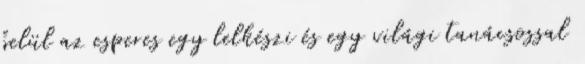
belül az esperes egy lelkészi és egy világi tanácsossal